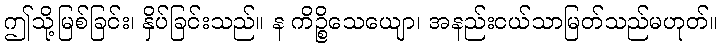
ဤသို့မြစ်ခြင်း၊ နှိပ်ခြင်းသည်။ န ကိဉ္စိသေယျော၊ အနည်းငယ်သာမြတ်သည်မဟုတ်။